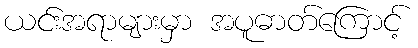
ယင်းအရာများမှာ အပူဓာတ်ကြောင့်